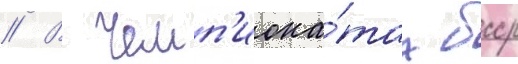
// В чемп'иона́тах бсср